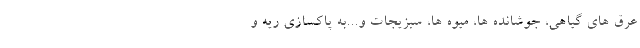
عرق های گیاهی، جوشانده ها، میوه ها، سبزیجات و...به پاکسازی ریه و